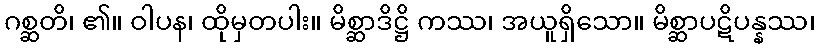
ဂစ္ဆတိ၊ ၏။ ဝါပန၊ ထိုမှတပါး။ မိစ္ဆာဒိဋ္ဌိ ကဿ၊ အယူရှိသော။ မိစ္ဆာပဋိပန္နဿ၊